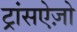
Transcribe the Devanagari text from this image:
ट्रांसऐज़ो